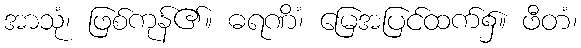
အာသုံ၊ ဖြစ်ကုန်၏။ ဓရဏိံ၊ မြေအပြင်ထက်၌။ ဖီတံ၊